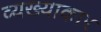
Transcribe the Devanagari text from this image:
व्यख्याकार